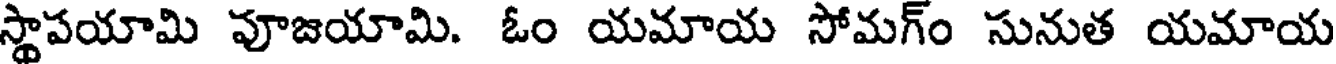
స్థాపయామి పూజయామి. ఓం యమాయ సోమగ్ం సునుత యమాయ